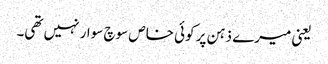
یعنی میرے ذہن پر کوئی خاص سوچ سوار نہیں تھی۔